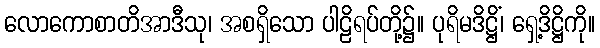
လောကောစာတိအာဒီသု၊ အစရှိသော ပါဠိရပ်တို့၌။ ပုရိမဒိဋ္ဌိံ၊ ရှေ့ဒိဋ္ဌိကို။